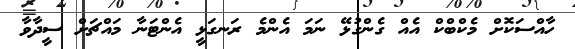
ހާއްސަކޮށް މެކްބްކް އެއް ގެންގުޅޭ ނަމަ އެންމެ ރަނގަޅީ އެންޓަނާ މައްޗަށް ސީދާވާ